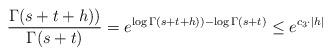
LaTeX: \begin{align*}\frac{\Gamma(s + t + h))}{\Gamma(s + t)}=e^{\log{\Gamma(s+ t + h))}-\log{\Gamma(s + t)}}\le e^{c_3\cdot |h|}\end{align*}